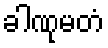
ခါဏုမတံ